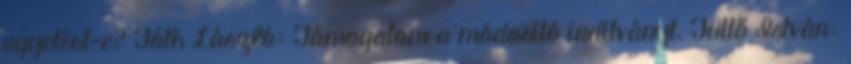
egyetért-e? Tóth László: Támogatom a módosító indítványt. Tüttő István: